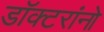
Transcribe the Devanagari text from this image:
डॉक्‍टरांनो